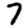
Digit: 7